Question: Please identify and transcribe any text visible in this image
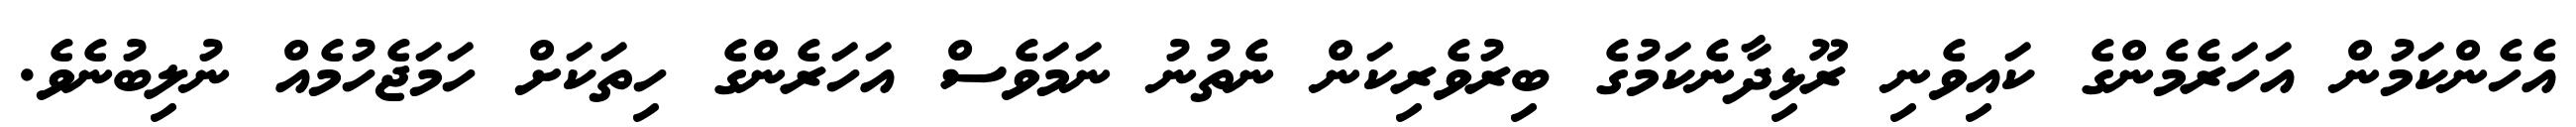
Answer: އެހެންކަމުން އަހަރެމެންގެ ކައިވެނި ރޫޅިދާނެކަމުގެ ބިރުވެރިކަން ނެތުނު ނަމަވެސް އަހަރެންގެ ހިތަކަށް ހަމަޖެހުމެއް ނުލިބުނެވެ.